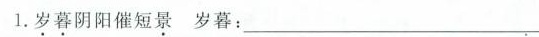
1.岁暮阴阳催短景岁暮：___